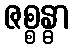
ဇစ္စန္ဓာ